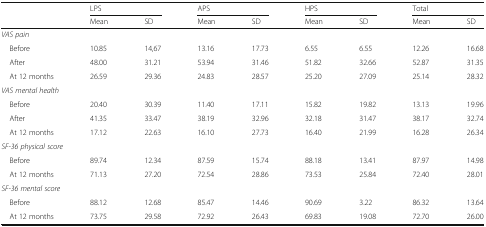
<table><thead><tr><td rowspan="2"></td><td colspan="2"><b>LPS</b></td><td colspan="2"><b>APS</b></td><td colspan="2"><b>HPS</b></td><td colspan="2"><b>Total</b></td></tr><tr><td><b>Mean</b></td><td><b>SD</b></td><td><b>Mean</b></td><td><b>SD</b></td><td><b>Mean</b></td><td><b>SD</b></td><td><b>Mean</b></td><td><b>SD</b></td></tr></thead><tbody><tr><td colspan="9"><i>VAS pain</i></td></tr><tr><td> Before</td><td>10.85</td><td>14,67</td><td>13.16</td><td>17.73</td><td>6.55</td><td>6.55</td><td>12.26</td><td>16.68</td></tr><tr><td> After</td><td>48.00</td><td>31.21</td><td>53.94</td><td>31.46</td><td>51.82</td><td>32.66</td><td>52.87</td><td>31.35</td></tr><tr><td> At 12 months</td><td>26.59</td><td>29.36</td><td>24.83</td><td>28.57</td><td>25.20</td><td>27.09</td><td>25.14</td><td>28.32</td></tr><tr><td colspan="9"><i>VAS mental health</i></td></tr><tr><td> Before</td><td>20.40</td><td>30.39</td><td>11.40</td><td>17.11</td><td>15.82</td><td>19.82</td><td>13.13</td><td>19.96</td></tr><tr><td> After</td><td>41.35</td><td>33.47</td><td>38.19</td><td>32.96</td><td>32.18</td><td>31.47</td><td>38.17</td><td>32.74</td></tr><tr><td> At 12 months</td><td>17.12</td><td>22.63</td><td>16.10</td><td>27.73</td><td>16.40</td><td>21.99</td><td>16.28</td><td>26.34</td></tr><tr><td colspan="9"><i>SF-36 physical score</i></td></tr><tr><td> Before</td><td>89.74</td><td>12.34</td><td>87.59</td><td>15.74</td><td>88.18</td><td>13.41</td><td>87.97</td><td>14.98</td></tr><tr><td> At 12 months</td><td>71.13</td><td>27.20</td><td>72.54</td><td>28.86</td><td>73.53</td><td>25.84</td><td>72.40</td><td>28.01</td></tr><tr><td colspan="9"><i>SF-36 mental score</i></td></tr><tr><td> Before</td><td>88.12</td><td>12.68</td><td>85.47</td><td>14.46</td><td>90.69</td><td>3.22</td><td>86.32</td><td>13.64</td></tr><tr><td> At 12 months</td><td>73.75</td><td>29.58</td><td>72.92</td><td>26.43</td><td>69.83</td><td>19.08</td><td>72.70</td><td>26.00</td></tr></tbody></table>